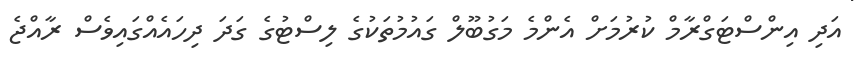
އަދި އިންސްޓަގްރާމް ކުރުމަށް އެންމެ މަގުބޫލް ގައުމުތަކުގެ ލިސްޓުގެ ގަދަ ދިހައެއްގައިވެސް ރާއްޖެ